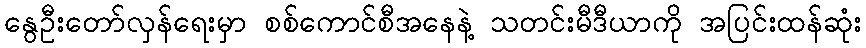
နွေဦးတော်လှန်ရေးမှာ စစ်ကောင်စီအနေနဲ့ သတင်းမီဒီယာကို အပြင်းထန်ဆုံး